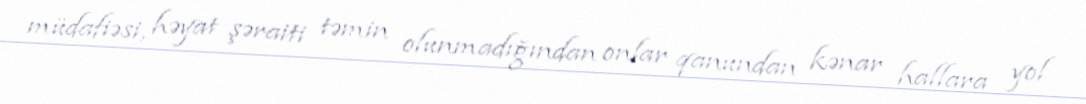
müdafiəsi, həyat şəraiti təmin olunmadığından onlar qanundan kənar hallara yol